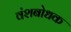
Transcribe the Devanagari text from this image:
वंशबोधक